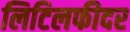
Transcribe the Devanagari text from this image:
लिटिलफीदर